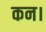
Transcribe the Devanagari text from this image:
कन।